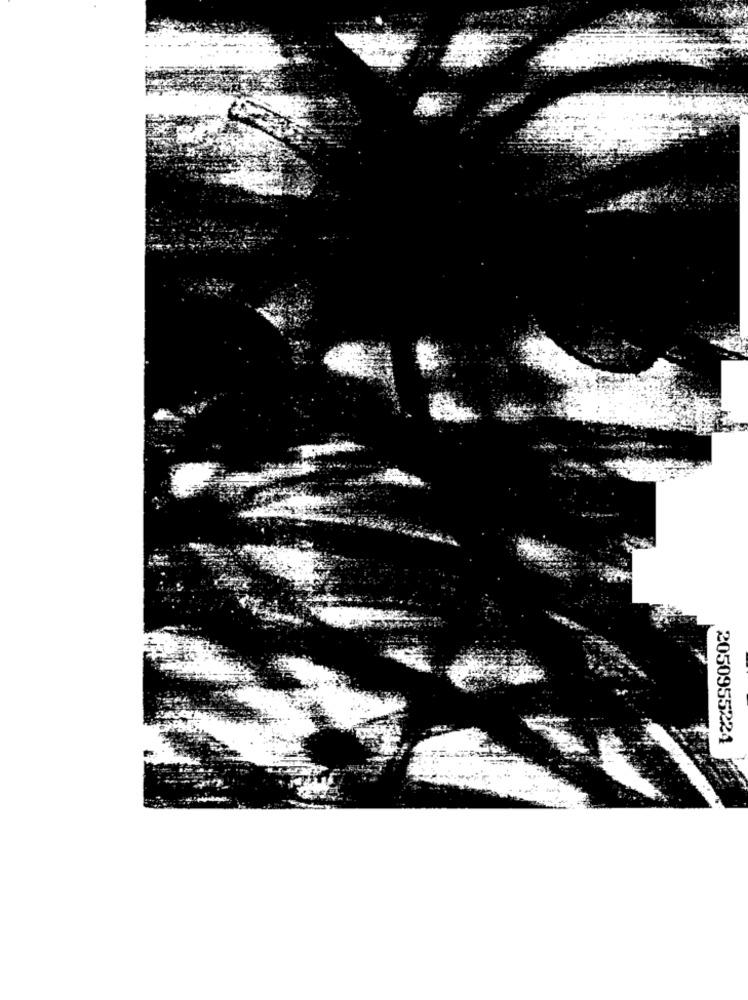
2050955224